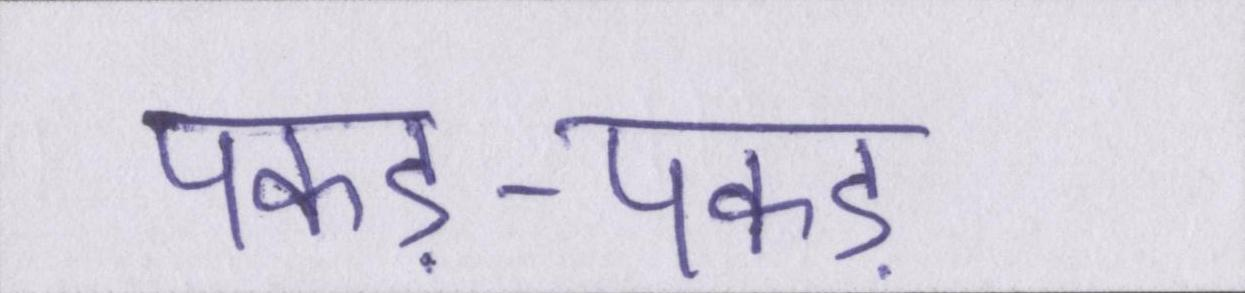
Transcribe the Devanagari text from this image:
पकड़-पकड़